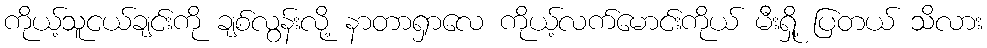
ကိုယ့်သူငယ်ချင်းကို ချစ်လွန်းလို့ နာတာရှာလေ ကိုယ့်လက်မောင်းကိုယ် မီးရှို့ ပြတယ် သိလား